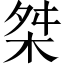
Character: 桀